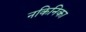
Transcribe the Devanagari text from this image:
नकिनिका